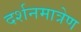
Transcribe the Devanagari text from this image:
दर्शनमात्रेण